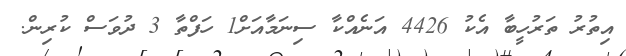
އިތުރު ތަރުހީބާ އެކު 4426 އަނެއްކާ ސިނަމާއަށް1 ހަފްތާ 3 ދުވަސް ކުރިން.